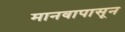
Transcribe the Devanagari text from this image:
मानवापासून